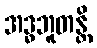
အဒ္ဓဘူတန္တိ